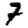
Digit: 7